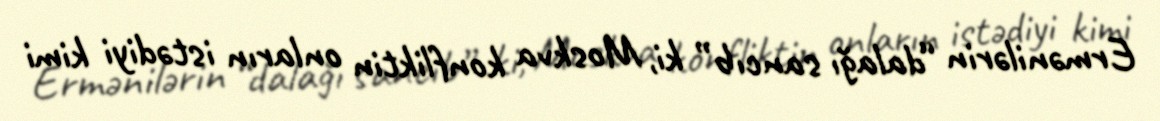
Ermənilərin “dalağı sancıb” ki, Moskva konfliktin onların istədiyi kimi